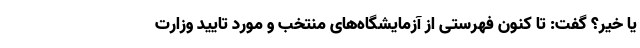
یا خیر؟ گفت: تا کنون فهرستی از آزمایشگاه‌های منتخب و مورد تایید وزارت